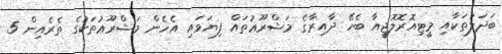
ބަދަލުތަކާއި މީޓިއޮރޮލޮޖީއާ ބެހޭ ދާއިރާގެ މަޝްރޫޢުތައް ފިޔަވައި އެހެން މަޝްރޫޢުތަކުގެ ތެރެއިން 5